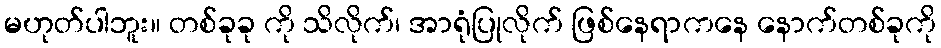
မဟုတ်ပါဘူး။ တစ်ခုခု ကို သိလိုက်၊ အာရုံပြုလိုက် ဖြစ်နေရာကနေ နောက်တစ်ခုကို